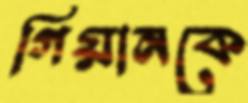
গিয়ানকে